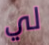
لي